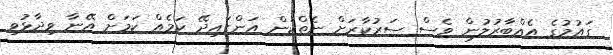
ގައުމުގެ އެއްބާރުލުން ވެސް ސަރުކާރަށް ނެތްކަން އަންގައިދޭ ކަމެއް ކަމަށް އޭނާ ވިދާޅުވި